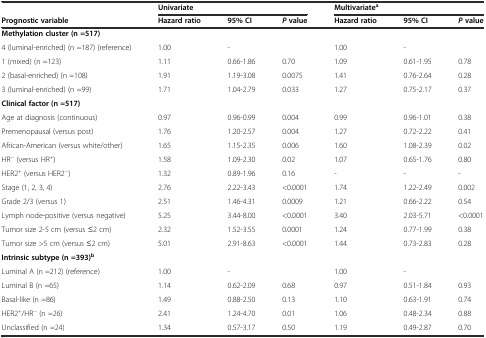
<table><thead><tr><td rowspan="2"><b>Prognostic variable</b></td><td colspan="3"><b>Univariate</b></td><td colspan="3"><b>Multivariate<sup>a</sup></b></td></tr><tr><td><b>Hazard ratio</b></td><td><b>95% CI</b></td><td><b><i>P</i>value</b></td><td><b>Hazard ratio</b></td><td><b>95% CI</b></td><td><b><i>P</i>value</b></td></tr></thead><tbody><tr><td><b>Methylation cluster (n =517)</b></td><td></td><td></td><td></td><td></td><td></td><td></td></tr><tr><td>4 (luminal-enriched) (n =187) (reference)</td><td>1.00</td><td>-</td><td></td><td>1.00</td><td>-</td><td></td></tr><tr><td>1 (mixed) (n =123)</td><td>1.11</td><td>0.66-1.86</td><td>0.70</td><td>1.09</td><td>0.61-1.95</td><td>0.78</td></tr><tr><td>2 (basal-enriched) (n =108)</td><td>1.91</td><td>1.19-3.08</td><td>0.0075</td><td>1.41</td><td>0.76-2.64</td><td>0.28</td></tr><tr><td>3 (luminal-enriched) (n =99)</td><td>1.71</td><td>1.04-2.79</td><td>0.033</td><td>1.27</td><td>0.75-2.17</td><td>0.37</td></tr><tr><td><b>Clinical factor (n =517)</b></td><td></td><td></td><td></td><td></td><td></td><td></td></tr><tr><td>Age at diagnosis (continuous)</td><td>0.97</td><td>0.96-0.99</td><td>0.004</td><td>0.99</td><td>0.96-1.01</td><td>0.38</td></tr><tr><td>Premenopausal (versus post)</td><td>1.76</td><td>1.20-2.57</td><td>0.004</td><td>1.27</td><td>0.72-2.22</td><td>0.41</td></tr><tr><td>African-American (versus white/other)</td><td>1.65</td><td>1.15-2.35</td><td>0.006</td><td>1.60</td><td>1.08-2.39</td><td>0.02</td></tr><tr><td>HR<sup>-</sup> (versus HR<sup>+</sup>)</td><td>1.58</td><td>1.09-2.30</td><td>0.02</td><td>1.07</td><td>0.65-1.76</td><td>0.80</td></tr><tr><td>HER2<sup>+</sup> (versus HER2<sup>-</sup>)</td><td>1.32</td><td>0.89-1.96</td><td>0.16</td><td>-</td><td>-</td><td>-</td></tr><tr><td>Stage (1, 2, 3, 4)</td><td>2.76</td><td>2.22-3.43</td><td>&lt;0.0001</td><td>1.74</td><td>1.22-2.49</td><td>0.002</td></tr><tr><td>Grade 2/3 (versus 1)</td><td>2.51</td><td>1.46-4.31</td><td>0.0009</td><td>1.21</td><td>0.66-2.22</td><td>0.54</td></tr><tr><td>Lymph node-positive (versus negative)</td><td>5.25</td><td>3.44-8.00</td><td>&lt;0.0001</td><td>3.40</td><td>2.03-5.71</td><td>&lt;0.0001</td></tr><tr><td>Tumor size 2-5 cm (versus ≤2 cm)</td><td>2.32</td><td>1.52-3.55</td><td>0.0001</td><td>1.24</td><td>0.77-1.99</td><td>0.38</td></tr><tr><td>Tumor size &gt;5 cm (versus ≤2 cm)</td><td>5.01</td><td>2.91-8.63</td><td>&lt;0.0001</td><td>1.44</td><td>0.73-2.83</td><td>0.28</td></tr><tr><td><b>Intrinsic subtype (n =393)</b><sup><b>b</b></sup></td><td></td><td></td><td></td><td></td><td></td><td></td></tr><tr><td>Luminal A (n =212) (reference)</td><td>1.00</td><td>-</td><td></td><td>1.00</td><td>-</td><td></td></tr><tr><td>Luminal B (n =65)</td><td>1.14</td><td>0.62-2.09</td><td>0.68</td><td>0.97</td><td>0.51-1.84</td><td>0.93</td></tr><tr><td>Basal-like (n =86)</td><td>1.49</td><td>0.88-2.50</td><td>0.13</td><td>1.10</td><td>0.63-1.91</td><td>0.74</td></tr><tr><td>HER2<sup>+</sup>/HR<sup>-</sup> (n =26)</td><td>2.41</td><td>1.24-4.70</td><td>0.01</td><td>1.06</td><td>0.48-2.34</td><td>0.88</td></tr><tr><td>Unclassified (n =24)</td><td>1.34</td><td>0.57-3.17</td><td>0.50</td><td>1.19</td><td>0.49-2.87</td><td>0.70</td></tr></tbody></table>